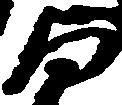
与